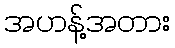
အဟန့်အတား